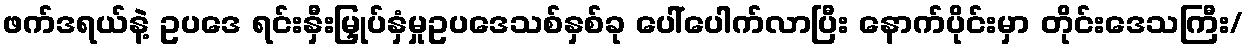
ဖက်ဒရယ်နဲ့ ဥပဒေ ရင်းနှီးမြှုပ်နှံမှုဥပဒေသစ်နှစ်ခု ပေါ်ပေါက်လာပြီး နောက်ပိုင်းမှာ တိုင်းဒေသကြီး/